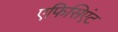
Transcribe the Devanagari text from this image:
एफिसिएंट